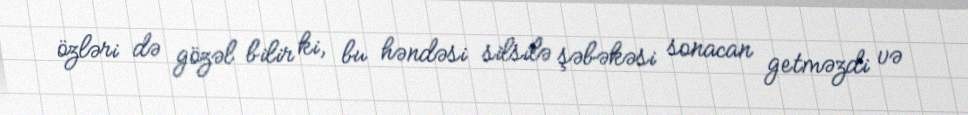
özləri də gözəl bilir ki, bu həndəsi silsilə şəbəkəsi sonacan getməzdi və